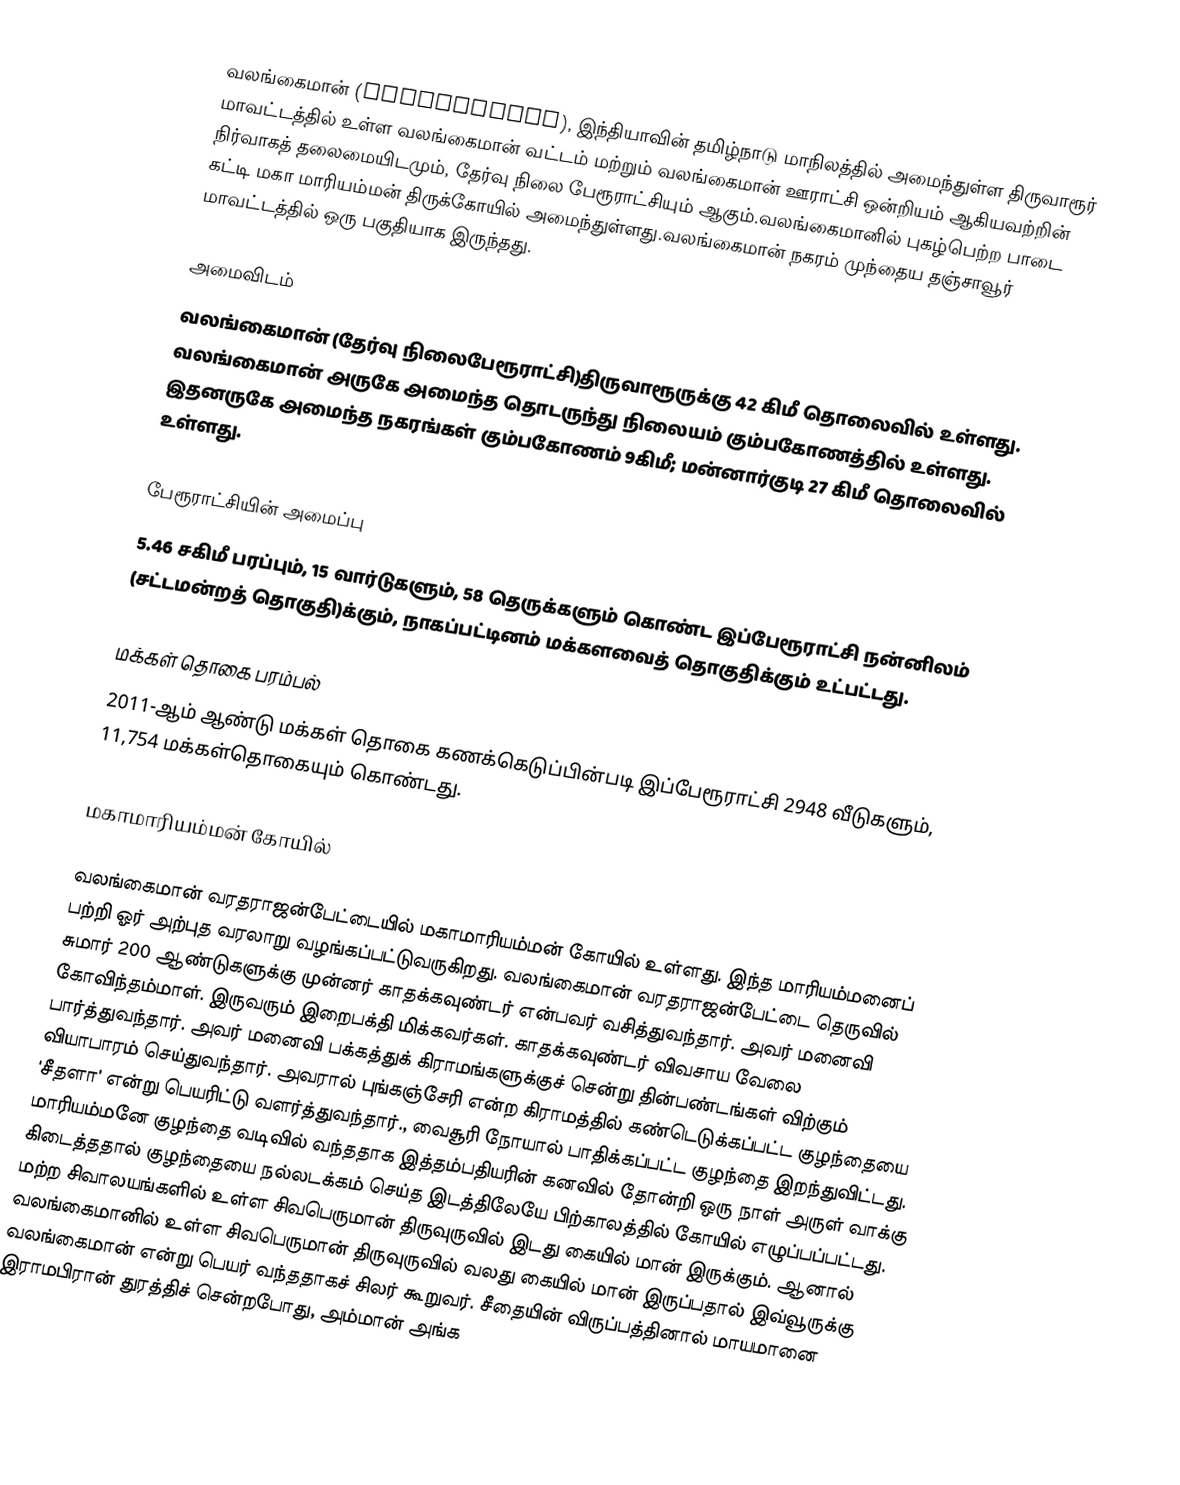
வலங்கைமான் (Valangaiman), இந்தியாவின் தமிழ்நாடு மாநிலத்தில் அமைந்துள்ள திருவாரூர் மாவட்டத்தில் உள்ள வலங்கைமான் வட்டம் மற்றும் வலங்கைமான் ஊராட்சி ஒன்றியம் ஆகியவற்றின் நிர்வாகத் தலைமையிடமும், தேர்வு நிலை பேரூராட்சியும் ஆகும்.வலங்கைமானில் புகழ்பெற்ற பாடை கட்டி மகா மாரியம்மன் திருக்கோயில் அமைந்துள்ளது.வலங்கைமான் நகரம் முந்தைய தஞ்சாவூர் மாவட்டத்தில் ஒரு பகுதியாக இருந்தது.

அமைவிடம்
வலங்கைமான் (தேர்வு நிலைபேரூராட்சி)திருவாரூருக்கு    42 கிமீ தொலைவில் உள்ளது.  வலங்கைமான் அருகே அமைந்த  தொடருந்து நிலையம் கும்பகோணத்தில் உள்ளது.  இதனருகே அமைந்த நகரங்கள் கும்பகோணம் 9கிமீ; மன்னார்குடி 27 கிமீ தொலைவில் உள்ளது.

பேரூராட்சியின் அமைப்பு
5.46  சகிமீ பரப்பும், 15  வார்டுகளும்,  58 தெருக்களும்  கொண்ட இப்பேரூராட்சி  நன்னிலம் (சட்டமன்றத் தொகுதி)க்கும், நாகப்பட்டினம் மக்களவைத் தொகுதிக்கும் உட்பட்டது.

மக்கள் தொகை பரம்பல்
2011-ஆம் ஆண்டு மக்கள் தொகை கணக்கெடுப்பின்படி  இப்பேரூராட்சி 2948  வீடுகளும், 11,754  மக்கள்தொகையும் கொண்டது.

மகாமாரியம்மன் கோயில்

வலங்கைமான் வரதராஜன்பேட்டையில் மகாமாரியம்மன் கோயில் உள்ளது.  இந்த மாரியம்மனைப் பற்றி ஓர் அற்புத வரலாறு வழங்கப்பட்டுவருகிறது. வலங்கைமான் வரதராஜன்பேட்டை தெருவில் சுமார் 200 ஆண்டுகளுக்கு முன்னர் காதக்கவுண்டர் என்பவர் வசித்துவந்தார். அவர் மனைவி கோவிந்தம்மாள். இருவரும் இறைபக்தி மிக்கவர்கள். காதக்கவுண்டர் விவசாய வேலை பார்த்துவந்தார். அவர் மனைவி பக்கத்துக் கிராமங்களுக்குச் சென்று தின்பண்டங்கள் விற்கும் வியாபாரம் செய்துவந்தார். அவரால் புங்கஞ்சேரி என்ற கிராமத்தில் கண்டெடுக்கப்பட்ட குழந்தையை 'சீதளா'  என்று பெயரிட்டு வளர்த்துவந்தார்., வைசூரி நோயால் பாதிக்கப்பட்ட குழந்தை இறந்துவிட்டது. மாரியம்மனே குழந்தை வடிவில் வந்ததாக இத்தம்பதியரின் கனவில் தோன்றி ஒரு நாள் அருள் வாக்கு கிடைத்ததால் குழந்தையை நல்லடக்கம் செய்த இடத்திலேயே பிற்காலத்தில் கோயில் எழுப்பப்பட்டது.  மற்ற சிவாலயங்களில் உள்ள சிவபெருமான் திருவுருவில் இடது கையில் மான் இருக்கும். ஆனால் வலங்கைமானில் உள்ள சிவபெருமான் திருவுருவில் வலது கையில் மான் இருப்பதால் இவ்வூருக்கு வலங்கைமான் என்று பெயர் வந்ததாகச் சிலர் கூறுவர். சீதையின் விருப்பத்தினால் மாயமானை இராமபிரான் துரத்திச் சென்றபோது, அம்மான் அங்க